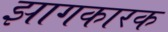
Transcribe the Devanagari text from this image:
झागकारक